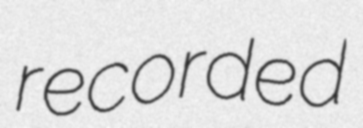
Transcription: recorded